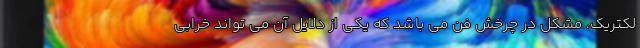
لکتریک، مشکل در چرخش فن می باشد که یکی از دلایل آن می تواند خرابی